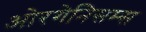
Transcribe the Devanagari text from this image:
ओरगेनिसम्स